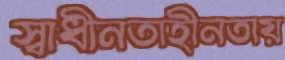
স্বাধীনতাহীনতায়